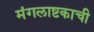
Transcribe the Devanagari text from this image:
मंगलाष्टकाची